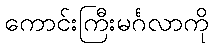
ကောင်းကြီးမင်္ဂလာကို